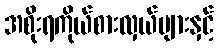
အစိုးရကိုယ်စားလှယ်များနှင့်